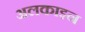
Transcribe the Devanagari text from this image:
अलकाइन